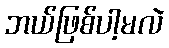
ဘယ်ဖြစ်ပါ့မလဲ